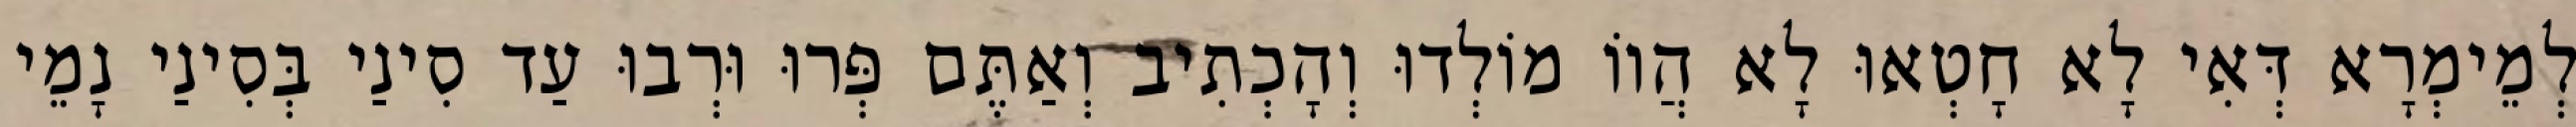
לְמֵימְרָא דְּאִי לָא חָטְאוּ לָא הֲווֹ מוֹלְדוּ וְהָכְתִיב וְאַתֶּם פְּרוּ וּרְבוּ עַד סִינַי בְּסִינַי נָמֵי